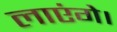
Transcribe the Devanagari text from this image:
लाएंगे।